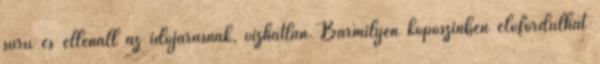
sűrű és ellenáll az időjárásnak, vízhatlan. Bármilyen kopószínben előfordulhat